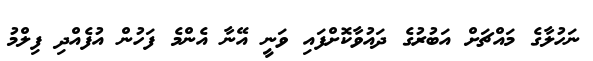
ނަހުލާގެ މައްޗަށް އަބުރުގެ ދައުވާކޮށްފައި ވަނީ އޭނާ އެންމެ ފަހުން އުފެއްދި ފިލްމު